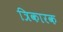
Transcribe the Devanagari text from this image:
त्रिकारक